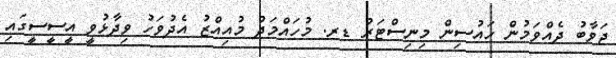
ޖަވާބު ދެއްވަމުން ހައުސިން މިނިސްޓަރު ޑރ. މުހައްމަދު މުއިއްޒު އެދުވަހު ވިދާޅުވީ އީސީސީގައި